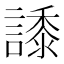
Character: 𧬠